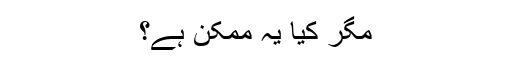
مگر کیا یہ ممکن ہے؟